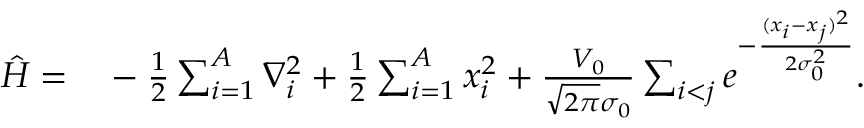
\begin{array} { r l } { \hat { H } = } & { { } - \frac { 1 } { 2 } \sum _ { i = 1 } ^ { A } \nabla _ { i } ^ { 2 } + \frac { 1 } { 2 } \sum _ { i = 1 } ^ { A } x _ { i } ^ { 2 } + \frac { V _ { 0 } } { \sqrt { 2 \pi } \sigma _ { 0 } } \sum _ { i < j } e ^ { - \frac { ( x _ { i } - x _ { j } ) ^ { 2 } } { 2 \sigma _ { 0 } ^ { 2 } } } . } \end{array}